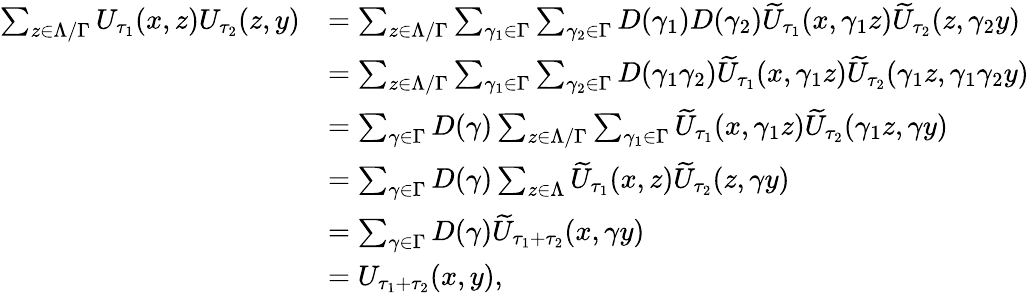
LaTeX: \begin{array}{rl}{\sum_{z\in\Lambda/\Gamma}U_{\tau_{1}}(x,z)U_{\tau_{2}}(z,y)}&{=\sum_{z\in\Lambda/\Gamma}\sum_{\gamma_{1}\in\Gamma}\sum_{\gamma_{2}\in\Gamma}D(\gamma_{1})D(\gamma_{2})\widetilde{U}_{\tau_{1}}(x,\gamma_{1}z)\widetilde{U}_{\tau_{2}}(z,\gamma_{2}y)}\\ &{=\sum_{z\in\Lambda/\Gamma}\sum_{\gamma_{1}\in\Gamma}\sum_{\gamma_{2}\in\Gamma}D(\gamma_{1}\gamma_{2})\widetilde{U}_{\tau_{1}}(x,\gamma_{1}z)\widetilde{U}_{\tau_{2}}(\gamma_{1}z,\gamma_{1}\gamma_{2}y)}\\ &{=\sum_{\gamma\in\Gamma}D(\gamma)\sum_{z\in\Lambda/\Gamma}\sum_{\gamma_{1}\in\Gamma}\widetilde{U}_{\tau_{1}}(x,\gamma_{1}z)\widetilde{U}_{\tau_{2}}(\gamma_{1}z,\gamma y)}\\ &{=\sum_{\gamma\in\Gamma}D(\gamma)\sum_{z\in\Lambda}\widetilde{U}_{\tau_{1}}(x,z)\widetilde{U}_{\tau_{2}}(z,\gamma y)}\\ &{=\sum_{\gamma\in\Gamma}D(\gamma)\widetilde{U}_{\tau_{1}+\tau_{2}}(x,\gamma y)}\\ &{=U_{\tau_{1}+\tau_{2}}(x,y),}\end{array}